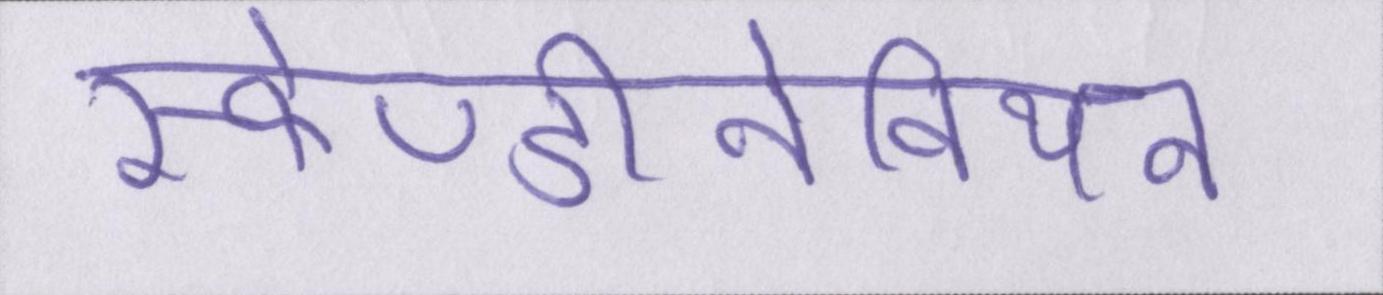
स्केण्डीनेवियन